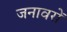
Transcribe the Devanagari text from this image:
जनावरों